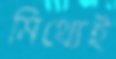
মিথ্যেই